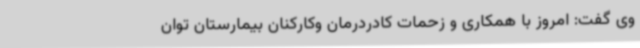
وی گفت: امروز با همکاری و زحمات کادردرمان وکارکنان بیمارستان توان